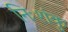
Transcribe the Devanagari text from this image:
निःशंकु